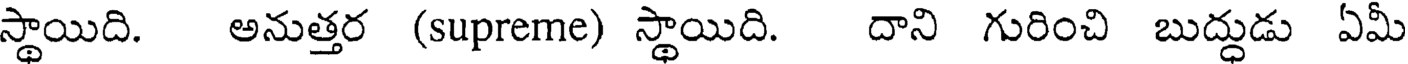
స్థాయిది. అనుత్తర (supreme) స్థాయిది. దాని గురించి బుద్ధుడు ఏమీ